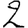
Digit: 2